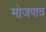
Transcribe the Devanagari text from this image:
मोजपात्र